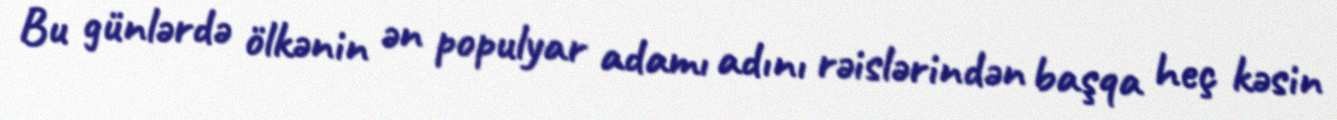
Bu günlərdə ölkənin ən populyar adamı adını rəislərindən başqa heç kəsin